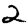
Digit: 2